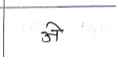
मजकूर: अे